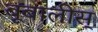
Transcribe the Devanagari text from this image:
बूबालीस्